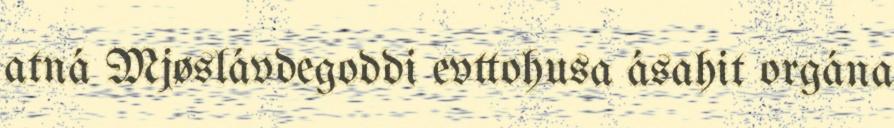
atná Mjøslávdegoddi evttohusa ásahit orgána